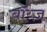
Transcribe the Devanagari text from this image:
बॉय्ज़